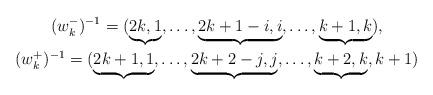
LaTeX: \begin{gather*}(w_{k}^{-})^{-1} = (\underbrace{2k,1},\ldots,\underbrace{2k+1-i,i},\ldots,\underbrace{k+1,k}),\\(w_{k}^{+})^{-1}= (\underbrace{2k+1,1},\ldots,\underbrace{2k+2-j,j},\ldots, \underbrace{k+2,k},k+1)\end{gather*}